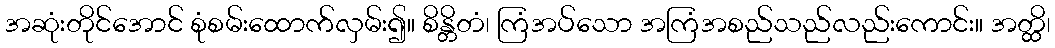
အဆုံးတိုင်အောင် စုံစမ်းထောက်လှမ်း၍။ စိန္တိတံ၊ ကြံအပ်သော အကြံအစည်သည်လည်းကောင်း။ အတ္ထိ၊